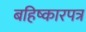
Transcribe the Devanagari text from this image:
बहिष्कारपत्र